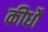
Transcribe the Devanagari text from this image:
कीधौं